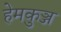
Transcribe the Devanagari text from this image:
हेमकुञ्ज